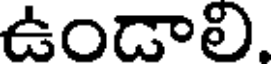
ఉందాలి.